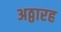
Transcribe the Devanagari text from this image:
अठ्ठारह